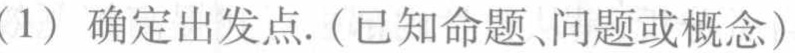
(1) 确定出发点.（已知命题、问题或概念）